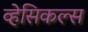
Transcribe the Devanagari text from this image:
व्हेसिकल्स